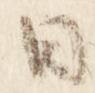
日